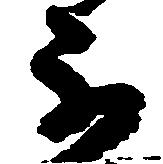
不